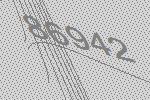
86942